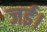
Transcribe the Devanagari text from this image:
जई।